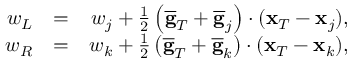
\begin{array} { r l r } { w _ { L } } & { = } & { w _ { j } + \frac { 1 } { 2 } \left( \overline { { \bf g } } _ { T } + \overline { { \bf g } } _ { j } \right) \cdot ( { \bf x } _ { T } - { \bf x } _ { j } ) , } \\ { w _ { R } } & { = } & { w _ { k } + \frac { 1 } { 2 } \left( \overline { { \bf g } } _ { T } + \overline { { \bf g } } _ { k } \right) \cdot ( { \bf x } _ { T } - { \bf x } _ { k } ) , } \end{array}